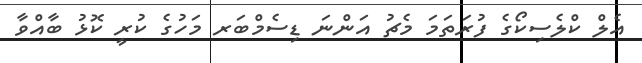
އެލް ކްލެސިކޯގެ ފުރަތަމަ މެޗު އަންނަ ޑިސެމްބަރ މަހުގެ ކުރީ ކޮޅު ބާއްވާ